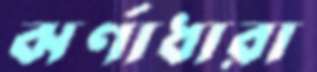
ঝর্ণাধারা